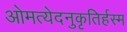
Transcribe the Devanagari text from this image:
ओमत्येदनुकृतिर्हस्म